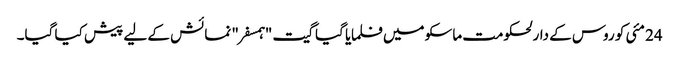
24 مئی کو روس کے دارلحکومت ماسکو میں فلمایا گیا گیت "ہمسفر" نمائش کے لیے پیش کیا گیا۔